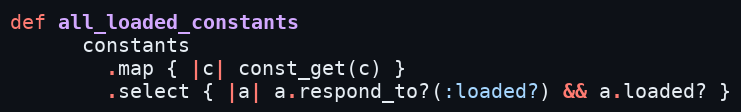
Language: Ruby
def all_loaded_constants
      constants
        .map { |c| const_get(c) }
        .select { |a| a.respond_to?(:loaded?) && a.loaded? }